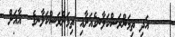
އަދި ތިމަންރަސްކަލާނގެއަށާއި ތިމަންރަސްކަލާނގެ  އާއަށް